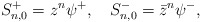
\begin{align*}S^+_{n,0}=z^n\psi^+,\quad S^-_{n,0}=\bar z^n\psi^-,\end{align*}